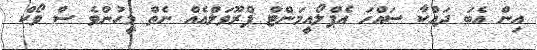
އިން އެބަ ދައްކާ ސައްހަ އެޕްލޯއީމަންޓް ޕްރޫވަލްއެއް ނެތް މީހުންވެ ސް ވޯކް